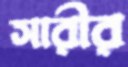
সারীর